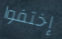
إختفوا